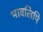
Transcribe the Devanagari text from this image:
भावलिपि